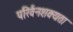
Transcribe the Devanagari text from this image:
परिर्वनशक्यता